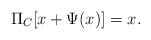
\begin{align*}\Pi_C [x + \Psi (x)] = x.\end{align*}